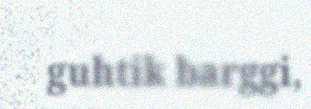
guhtik barggi,